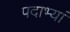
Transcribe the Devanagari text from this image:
पदाभ्यां